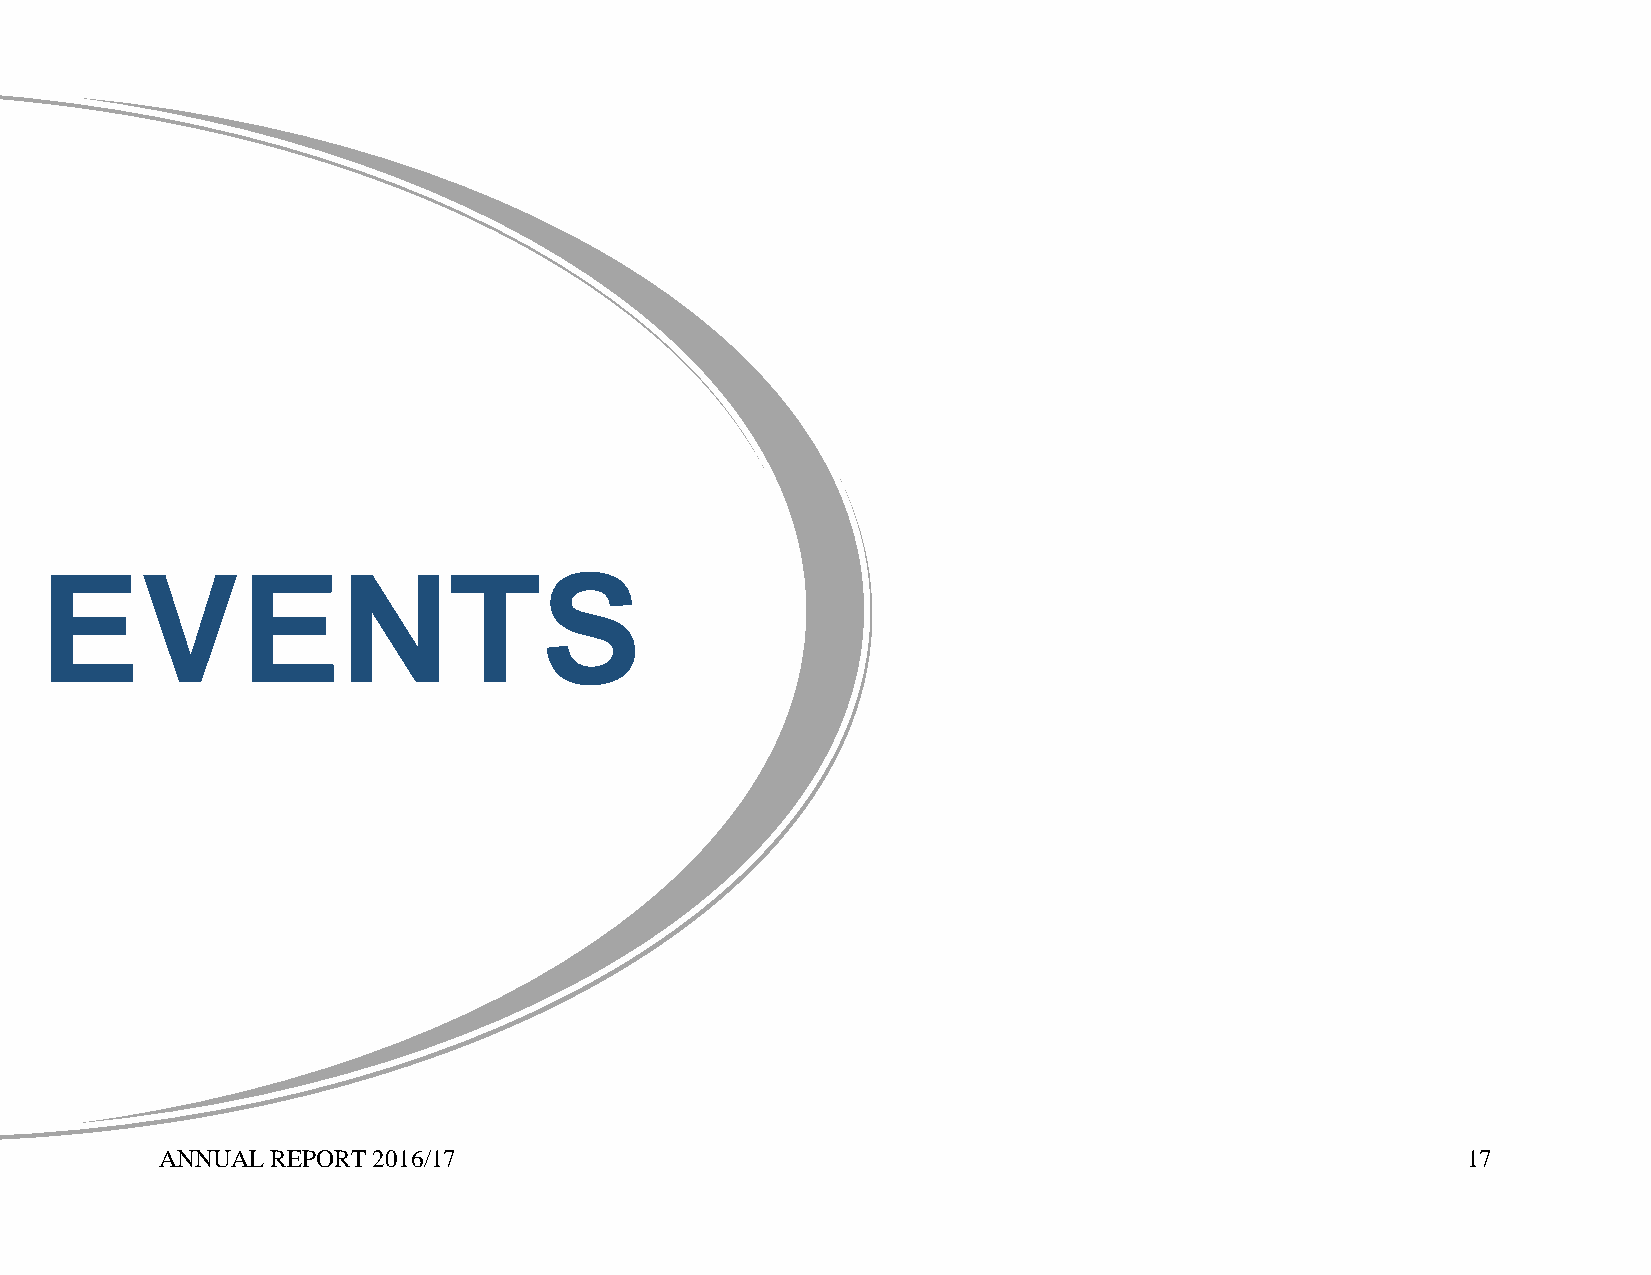
EVENTS
 ANNUAL REPORT 2016/17                                                                 17